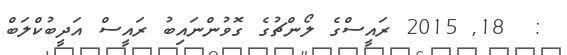
:  18